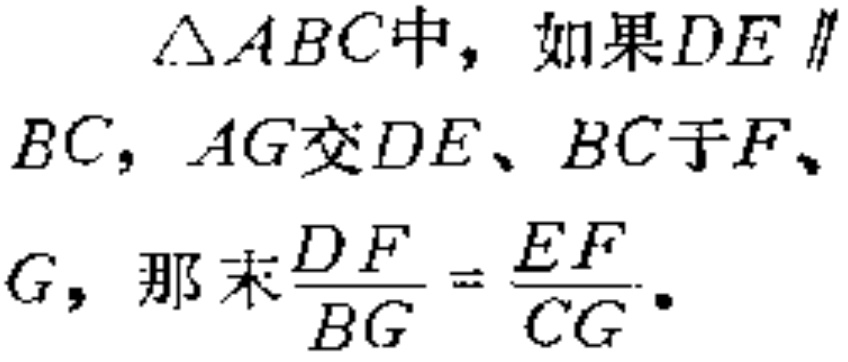
$\triangle ABC中，如果DE\parallel BC，AG交DE、BC于F、G，那末\frac{DF}{BG}=\frac{EF}{CG}.$